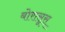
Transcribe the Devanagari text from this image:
बोरासूस्